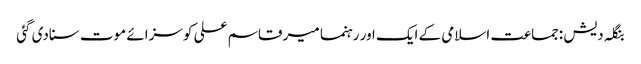
بنگلہ دیش :جماعت اسلامی کے ایک اور رہنما میر قاسم علی کو سزائے موت سنادی گئی